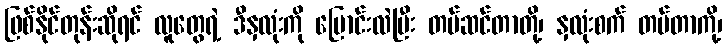
ဖြစ်နိုင်တုန်းဆိုရင် လူတွေရဲ့ ဒီနှလုံးကို ပြောင်းလဲပြီး တပ်ဆင်တာတို့၊ နှလုံးစက် တပ်တာကို့၊